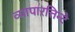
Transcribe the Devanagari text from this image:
व्यापारत्तिन्टे